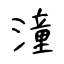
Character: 潼